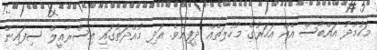
މަހުމޫދު އައްބާސް އެއް އަހަރުގެ މުހުލަތެއް ދީފިއެވެ. އަދި މުއްދަތުގައި އިސްރާއީލް ސިފައިން